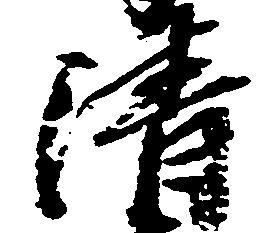
清